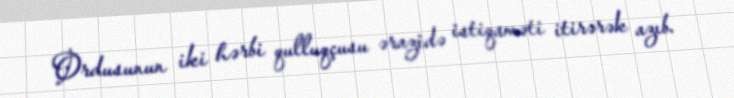
Ordusunun iki hərbi qulluqçusu ərazidə istiqaməti itirərək azıb.